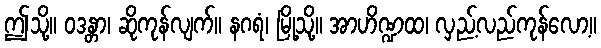
ဤသို့။ ဝဒန္တာ၊ ဆိုကုန်လျက်။ နဂရံ၊ မြို့သို့။ အာဟိဏ္ဍထ၊ လှည့်လည်ကုန်လော့။